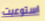
استوعبت